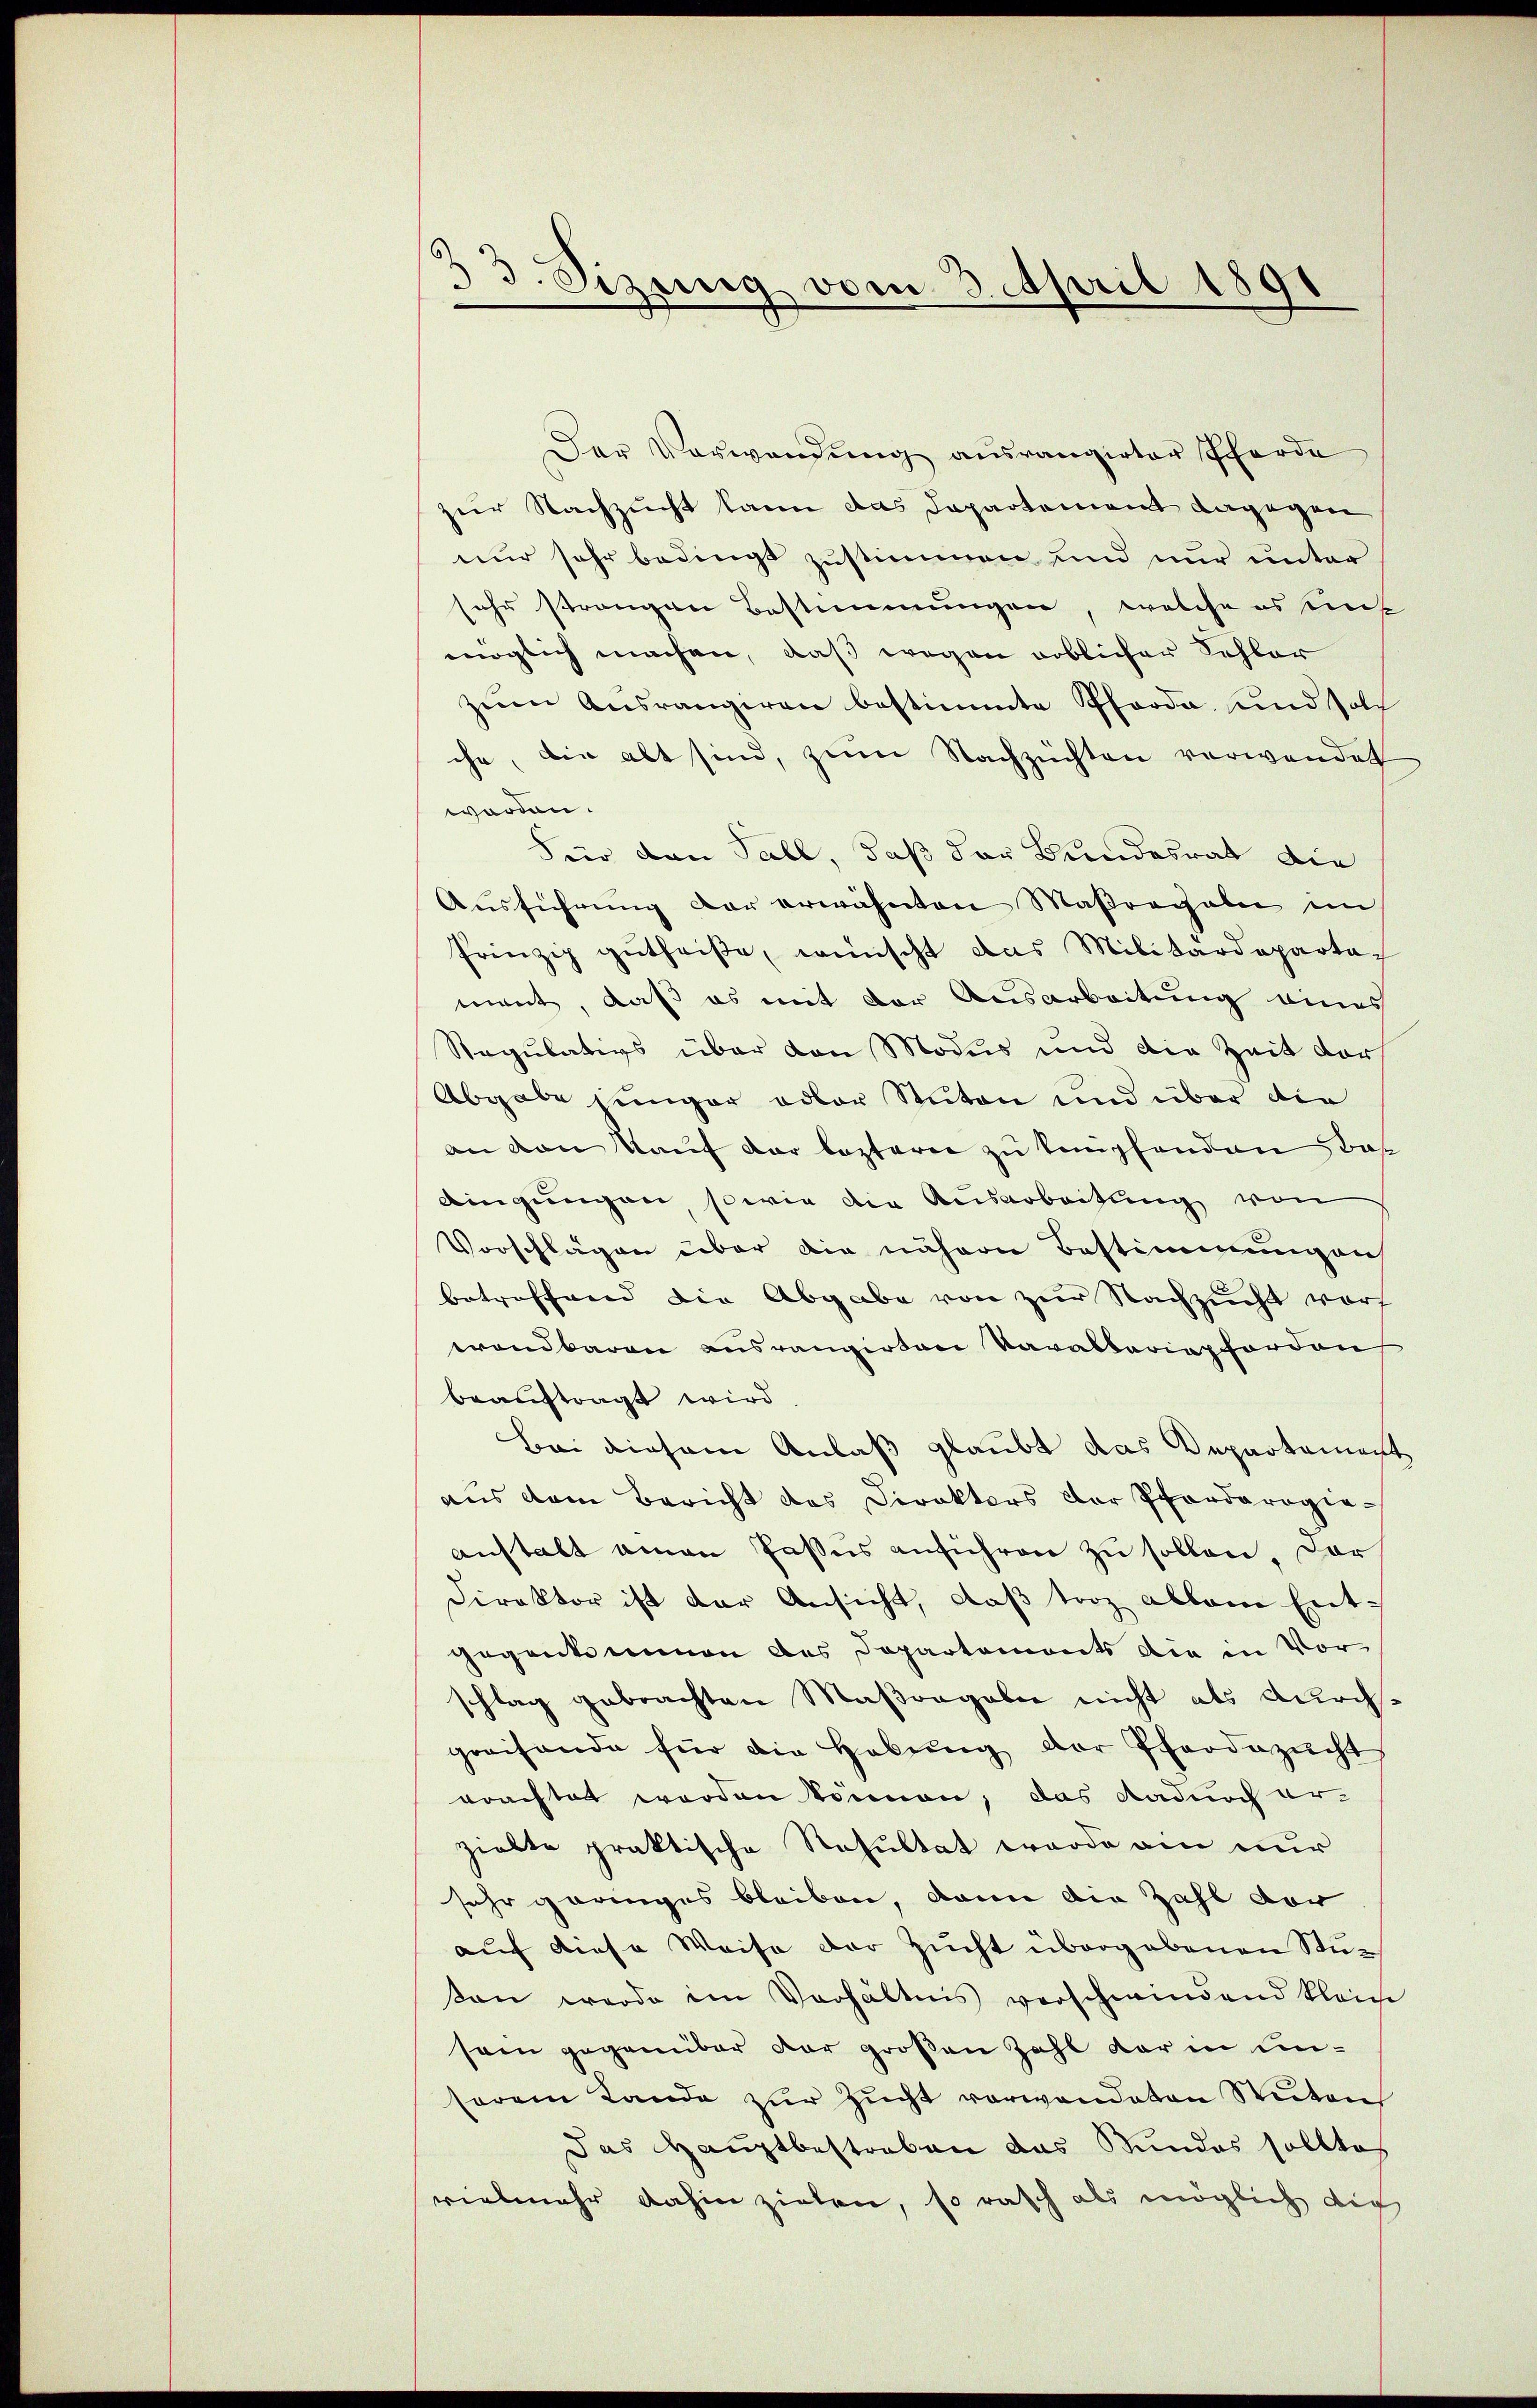
33. Sizung vom 3. April 1891

Der Verwendung ausrangirter Pferde
zur Nachzucht kann das Departement dagegen
nur sehr bedingt zustimmen und nur unter
sehr strangen Bestimmungen, welche es eins
möglich machen, daß wegen erblicher Schler
zŭm Aŭsrangiren bestimmte Pfarda, und solch
che, die alt sind, zum Nachzuchten verwendet
worden.
Für den Pall, daß der Bundesrat die
Ausführung der erwähnten Maßregeln im
Prinzip gŭtheiße, wünscht das Militärdepartag
ment, daß es mit der Ausarbeitung eines
Regulativs über von Modus und die Zeit vor
Abgabe jünger oder Stuten und über die
an von Kaŭf der leztern zu kampfenden Bas
dingungen sowie die Ausarbeitung von
Vorschlägen über die nähern Bestimmungen
betreffend die Abgabe von zur Nachzucht vorh
wendbaren ausrangirten Varakteriepforden
beauftragt wird
Bei diesem Anlaß glaubt das Departement
aus dem Bericht das Direktors der Pfarderogie-
anstalt einen Passus anführen zu sollen. Dars
Direktor ist der Ansicht, daß torz ablain Entgegante einen des Departements die in Vor
schlag gebrachten Maßorgabe nicht als durch.
greifende für die Hebŭng der Pferdezücht
erachtet worden können; das dadurch er-
zielte praktische Resultat worde ein nur
sehr geringes bleiben, dann die Zahl vor
auf diese Weise der Zucht übergebenen Stuon werde im Verhältnis verschwindend kleine
sein gegenüber der großen Zahl darin unsorem Lande zur Zucht vorwandeten Stuten
Das Hauptbestraben das Bundes sollte
vielmehr dahin zielen, so rasch als möglich dich